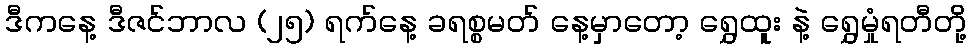
ဒီကနေ့ ဒီဇင်ဘာလ (၂၅) ရက်နေ့ ခရစ္စမတ် နေ့မှာတော့ ရွှေထူး နဲ့ ရွှေမှုံရတီတို့